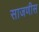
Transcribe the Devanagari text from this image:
साजणीस